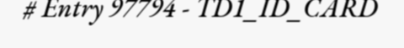
# Entry 97794 - TD1_ID_CARD